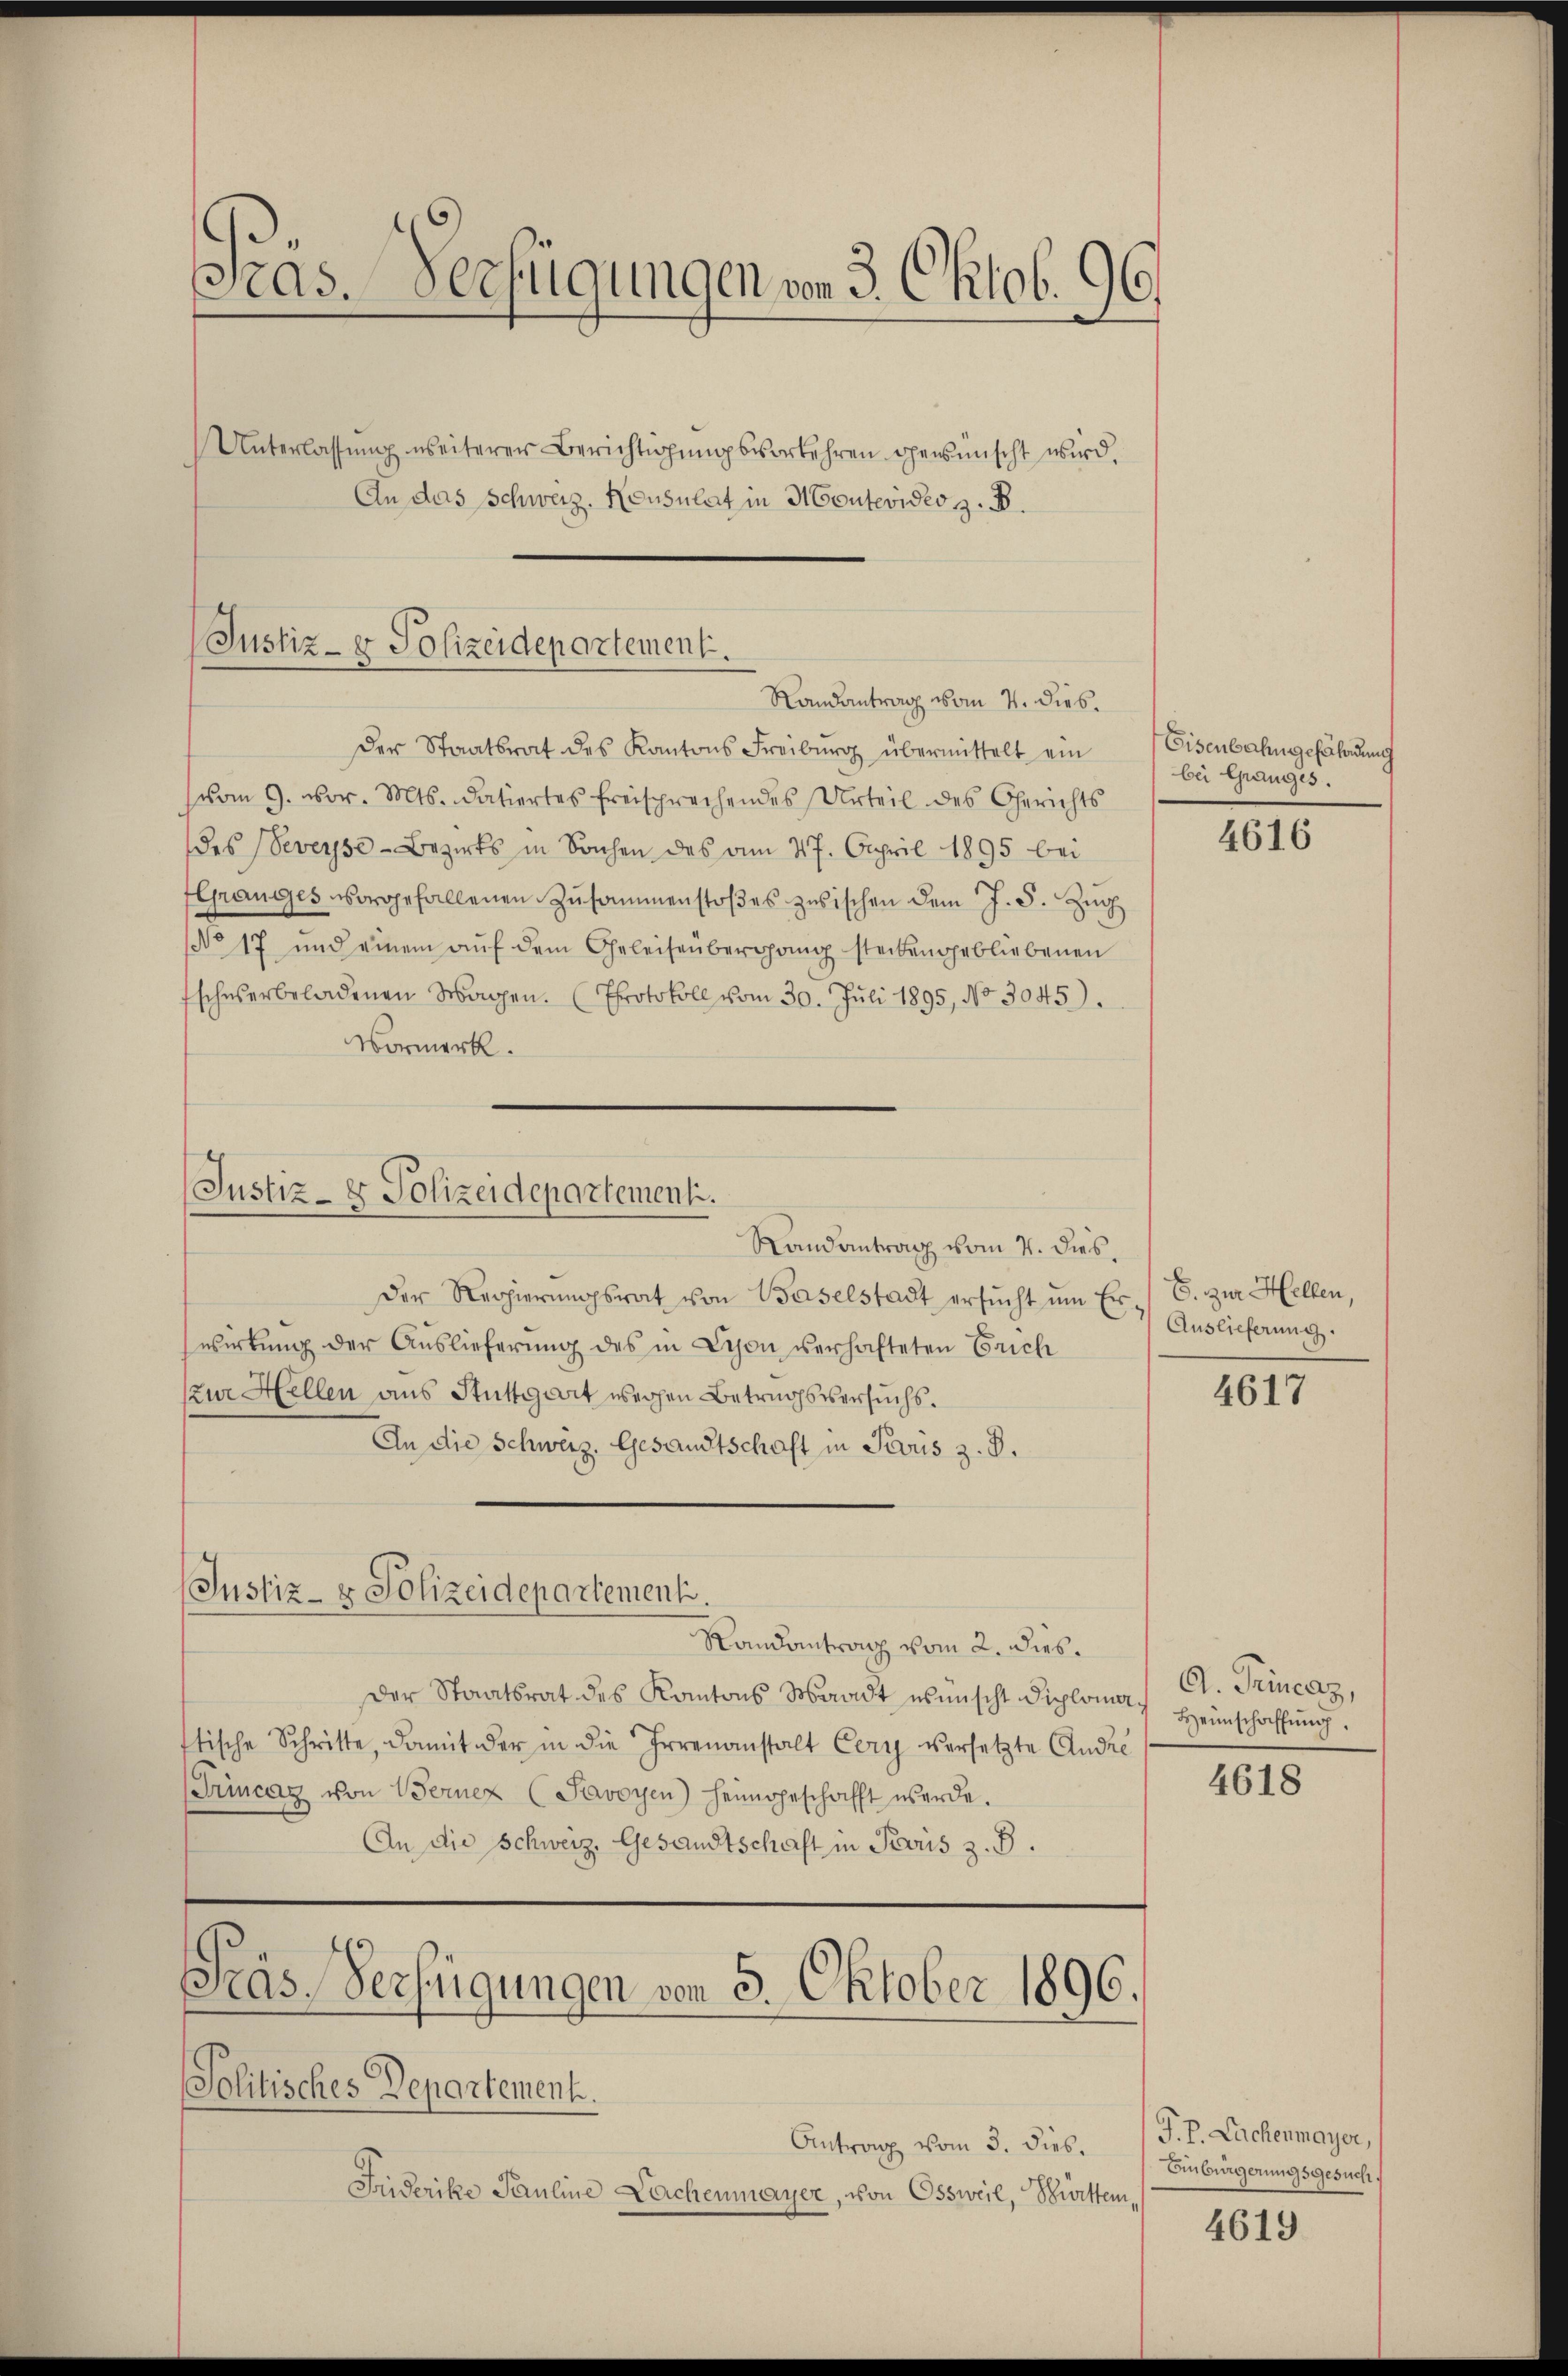
Gras. Verfügungen von 3. Oktob. 96.
Unterlassŭng weiterer Berichtigŭngsverkehren gewünscht wird.
An das Schweiz. Konsulat in Montevideo z. B.

Justiz- & Polizeidepartement.
Randantrag vom 4. Dieb.

der Staatsrat des Kantons Freiburg übermittelt ein Eisenbahngefährdung
vom 9. vor. Mts. datiertes freisprechendes Urteil des Gerichts
des Veveyse-Bezirks in Sachen des am 27. April 1895 bei
Granges vorgefallenen Zusammenstoβes zwischen dem J. J. Zŭg
(No 17 und einem aŭf dem Geleisenbergang steckengebliebenen
Esches erbeladenen Wagen. (Protokoll vom 30. Juli 1895, No 3045).
Vormerk.

(Justiz- & Polizeidepartement.

Randantrag vom 4. dies
Der Regierŭngsrat von Baselstadt ersŭcht ŭm Er / C. zur Hellen,
wirkung der Auslieferung des in Schon verhafteten Erich
Kur Hellen aus Stuttgart weren Betragsversuchs.
An die Schweiz. Gesandtschaft in Pevus z. B.
(Justiz- & Polizeidepartement.
Randantrag vom 2. dies.
Der Staatsrat des Kantons Waadt wünscht Diplomat. Heimschaffŭng.
stische Schritte, damit der in die Irrenanstalt Cery versetzte Andre
Trincaz von Berner (Savoyen) heimgeschafft werde.
An die Schweiz. Gesandtschaft in Paris z. B.

Präs. Verfügungen von 5. Oktober 1896.

Politisches Departement.
Antrag vom 3. dies.
Friderike Pauline Lachenmayer, von Ossweil, Württem¬

bei Granges.

Auslieferung.

4616

4617

A. Trinces,

4618

P. P. Lachenmayer,
Einbürgerungsgesuch.

4619